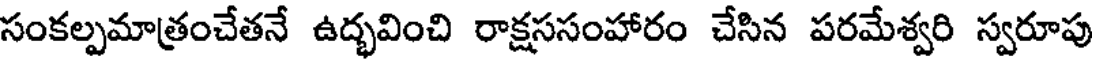
సంకల్పమాత్రంచేతనే ఉద్భవించి రాక్షససంహారం చేసిన పరమేశ్వరి స్వరూపు